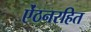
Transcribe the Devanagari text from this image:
ऐंठनरहित